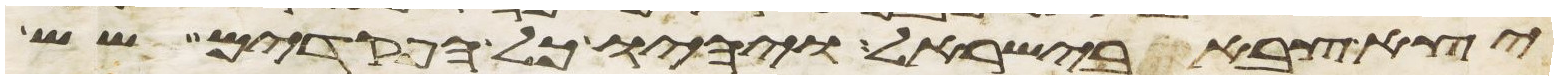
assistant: יצא צבא בישראל ויהיו כל הפקדים שש